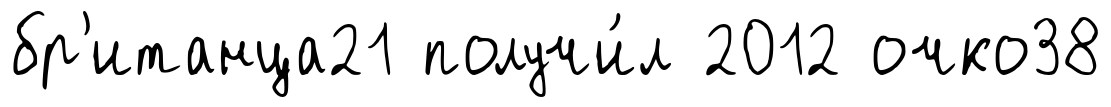
бр'итанца21 получи́л 2012 очко38